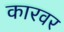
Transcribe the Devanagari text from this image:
कारवर